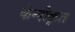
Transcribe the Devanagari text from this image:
केन्दीकृत